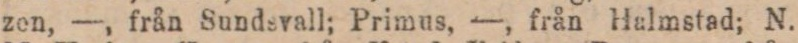
zen, —, från Sundsvall; Primus, —, från Halmstad; N.